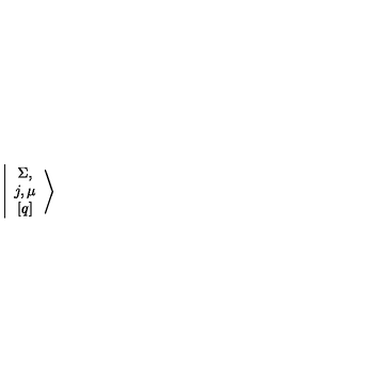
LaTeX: \left\vert \begin{array} { c } { \Sigma , } \\ { j , \mu } \\ { \left[ q \right] } \\ \end{array} \right>